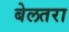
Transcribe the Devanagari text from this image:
बेलतरा